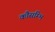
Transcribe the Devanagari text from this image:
कौसम्भि